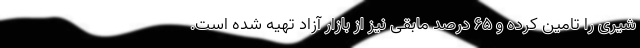
شیری را تامین کرده و ۶۵ درصد مابقی نیز از بازار آزاد تهیه شده است.